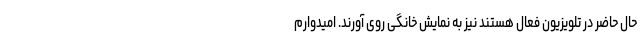
حال حاضر در تلویزیون فعال هستند نیز به نمایش خانگی روی آورند. امیدوارم